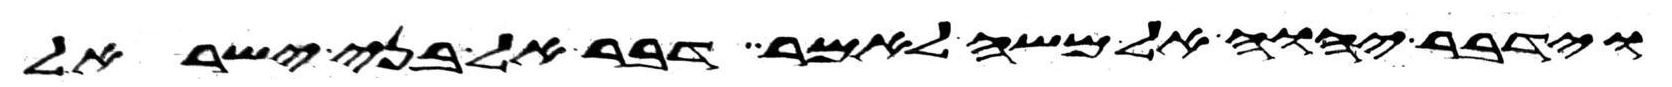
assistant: וידבר יהוה אל משה לאמר דבר אל בני ישראל